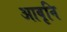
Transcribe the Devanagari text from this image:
आवृनि